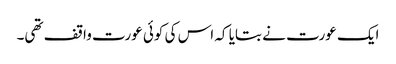
ایک عورت نے بتایا کہ اس کی کوئی عورت واقف تھی۔